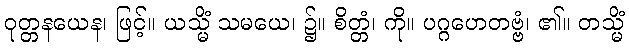
ဝုတ္တနယေန၊ ဖြင့်။ ယသ္မိံ သမယေ၊ ၌။ စိတ္တံ၊ ကို။ ပဂ္ဂဟေတဗ္ဗံ၊ ၏။ တသ္မိံ